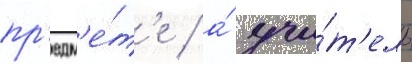
пр'едм'е́т'е / а́ учи́т'ель